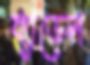
ব্যাডেল